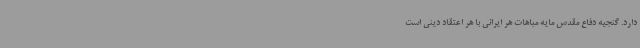
دارد. گنجیه دفاع مقدس مایه مباهات هر ایرانی با هر اعتقاد دینی است